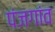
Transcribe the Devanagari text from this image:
पंजगांव